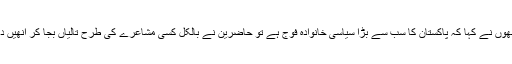
جب انھوں نے کہا کہ پاکستان کا سب سے بڑا سیاسی خانوادہ فوج ہے تو حاضرین نے بالکل کسی مشاعرے کی طرح تالیاں بجا کر انھیں داد دی۔